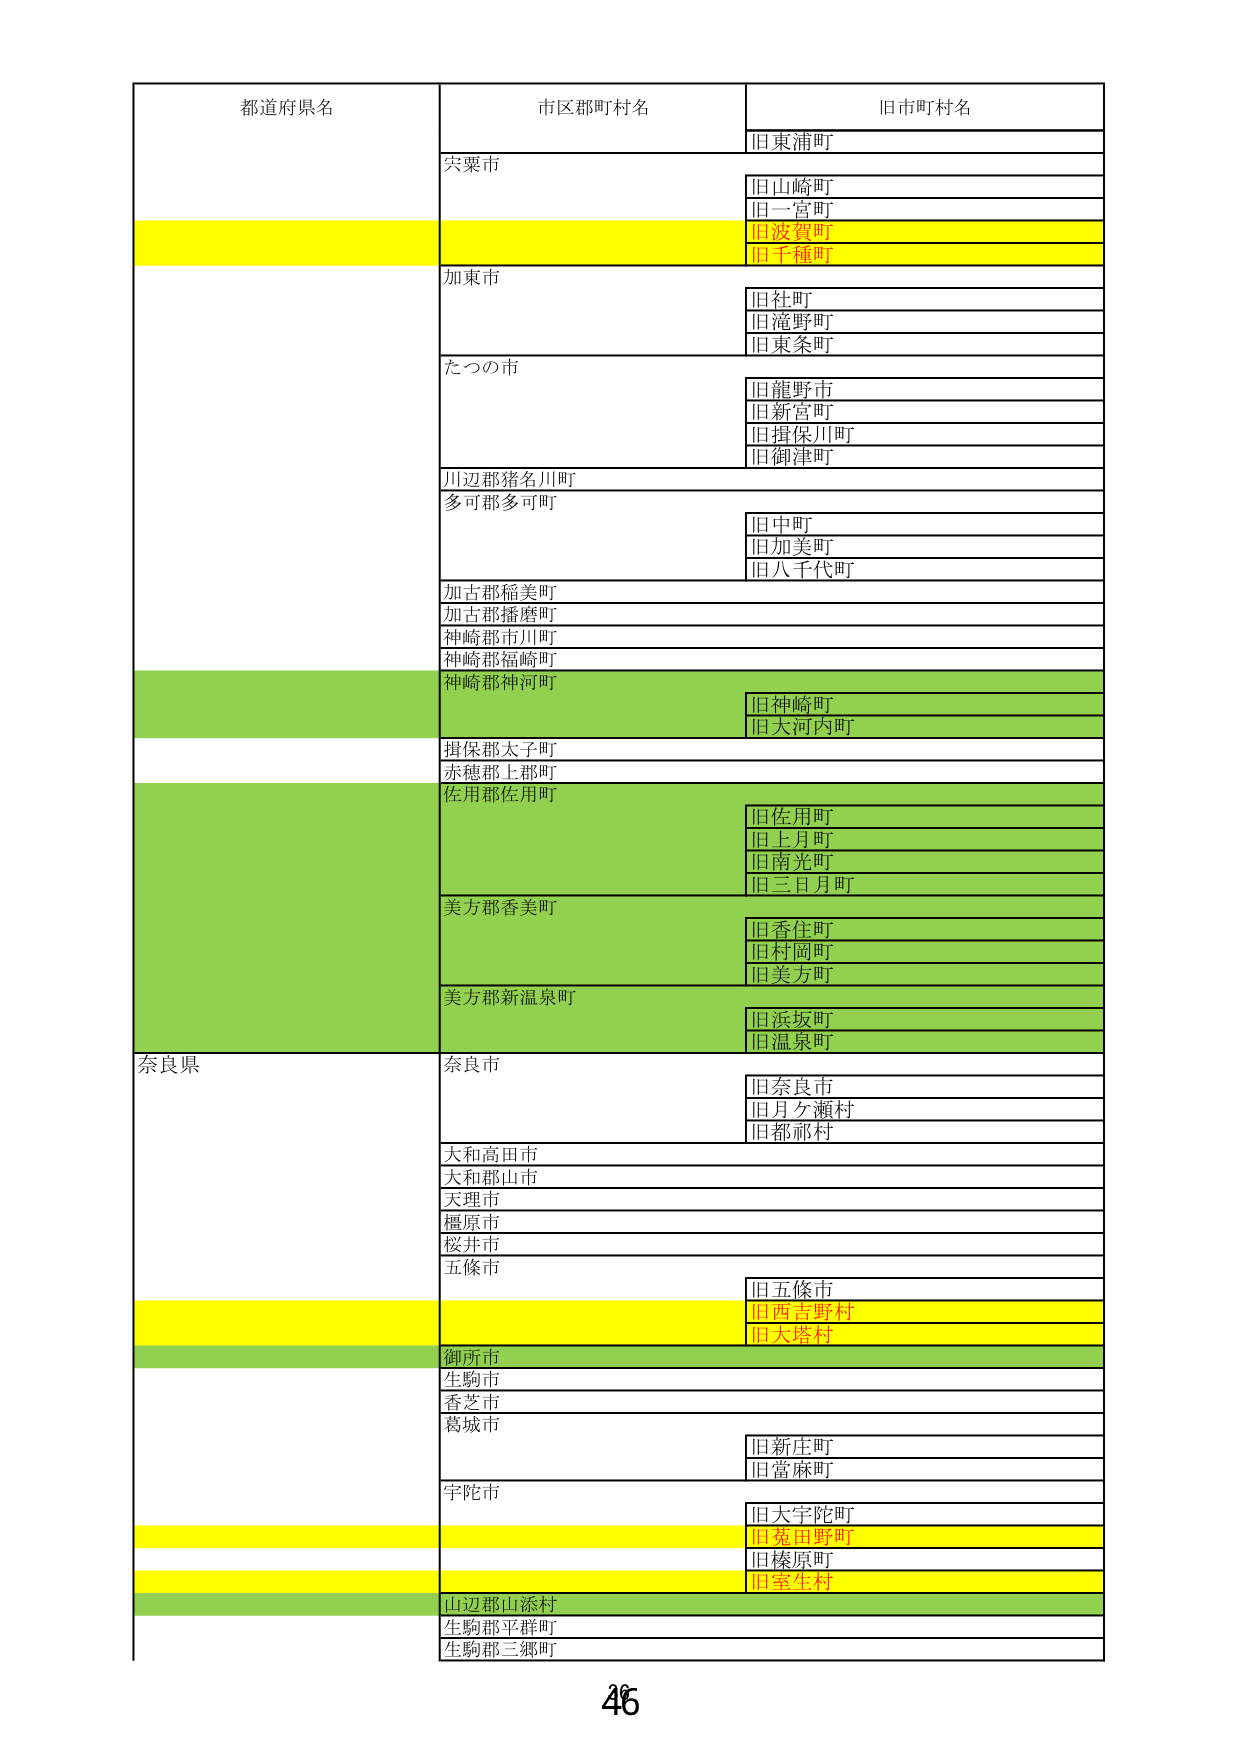
都道府県名
市区郡町村名
旧市町村名
旧東浦町
宍粟市
旧山崎町
旧一宮町
旧波賀町
旧千種町
加東市
旧社町
旧滝野町
旧東条町
たつの市
旧龍野市
旧新宮町
旧揖保川町
旧御津町
川辺郡猪名川町
多可郡多可町
旧中町
旧加美町
旧八千代町
加古郡稲美町
加古郡播磨町
神崎郡市川町
神崎郡福崎町
神崎郡神河町
旧神崎町
旧大河内町
揖保郡太子町
赤穂郡上郡町
佐用郡佐用町
旧佐用町
旧上月町
旧南光町
旧三日月町
美方郡香美町
旧香住町
旧村岡町
旧美方町
美方郡新温泉町
旧浜坂町
旧温泉町
奈良県
奈良市
旧奈良市
旧月ヶ瀬村
旧都祁村
大和高田市
大和郡山市
天理市
橿原市
桜井市
五條市
旧五條市
旧西吉野村
旧大塔村
御所市
生駒市
香芝市
葛城市
旧新庄町
旧當麻町
宇陀市
旧大宇陀町
旧菟田野町
旧榛原町
旧室生村
山辺郡山添村
生駒郡平群町
生駒郡三郷町
46